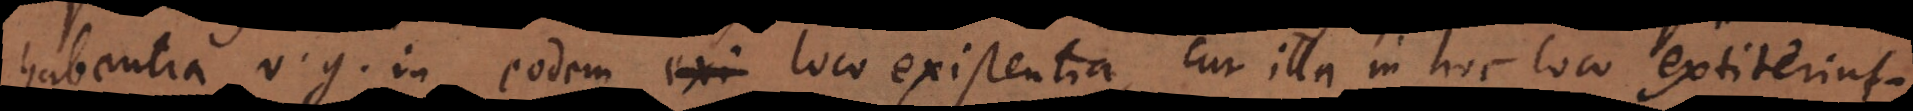
habentia, v.g. in eodem loco existentia, cur illa in hoc loco extiterint.